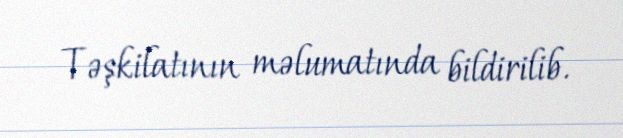
Təşkilatının məlumatında bildirilib.